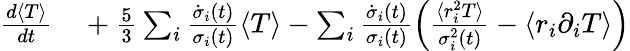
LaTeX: \begin{array}{rl}{\frac{d\langle T\rangle}{dt}}&{{}+\frac{5}{3}\sum_{i}\frac{\dot{\sigma}_{i}(t)}{\sigma_{i}(t)}\langle T\rangle-\sum_{i}\frac{\dot{\sigma}_{i}(t)}{\sigma_{i}(t)}\left(\frac{\langle r_{i}^{2}T\rangle}{\sigma_{i}^{2}(t)}-\langle r_{i}\partial_{i}T\rangle\right)}\end{array}